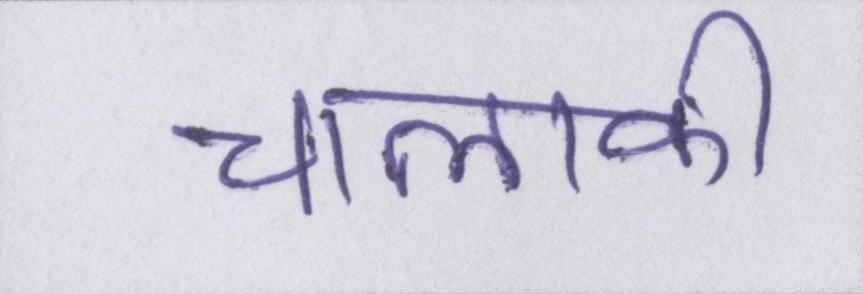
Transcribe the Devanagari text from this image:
चालाकी